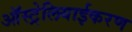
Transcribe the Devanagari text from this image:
ऑस्ट्रेलियाईकरण